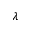
\lambda